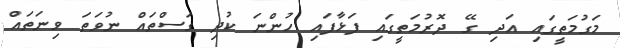
މަގުމަތީގައި އަދި ގޭ ދޮރުމަތީގައި ފަޅާފައި ހުންނަ ކުދި ގަސްތައް ނުވަތަ ވިނަތައް